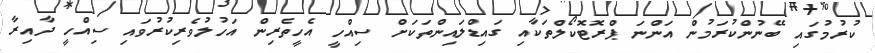
ކުރުމުގައި ބޭނުންކުރަމުން އަންނަ ޕްރޮޓޮކޯލްތަކާއި ގައިޑްލައިންތަކަށް ސިއްހީ އެހީތެރިން އަހުލުވެރިކުރުވައި ސިއްހީ ދާއިރާ